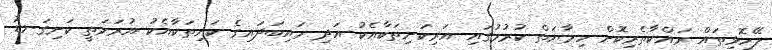
ލޭހޮޅިތައް ރައްކާތެރިކޮށް ހިމާޔަތް ކުރުމުގައި އަރިކަށިތަކާއެކު އަދި މައިބަދައިގެ ކަށިތަކާއެކު އުރަމަތީ ކަށިގަނޑު